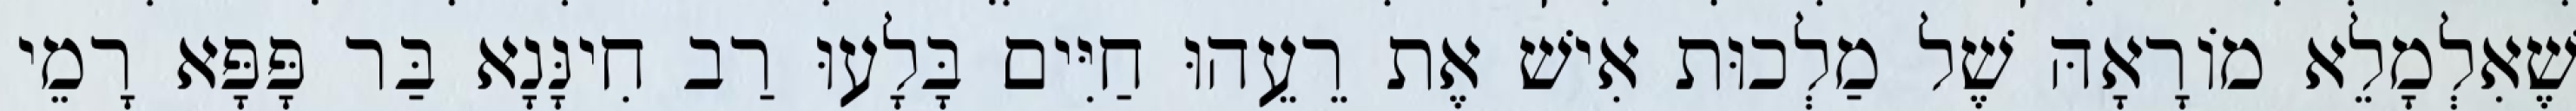
שֶׁאִלְמָלֵא מוֹרָאָהּ שֶׁל מַלְכוּת אִישׁ אֶת רֵעֵהוּ חַיִּים בָּלָעוּ רַב חִינָּנָא בַּר פָּפָּא רָמֵי